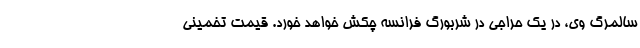
سالمرگ وی، در یک حراجی در شربورگ فرانسه چکش خواهد خورد. قیمت تخمینی